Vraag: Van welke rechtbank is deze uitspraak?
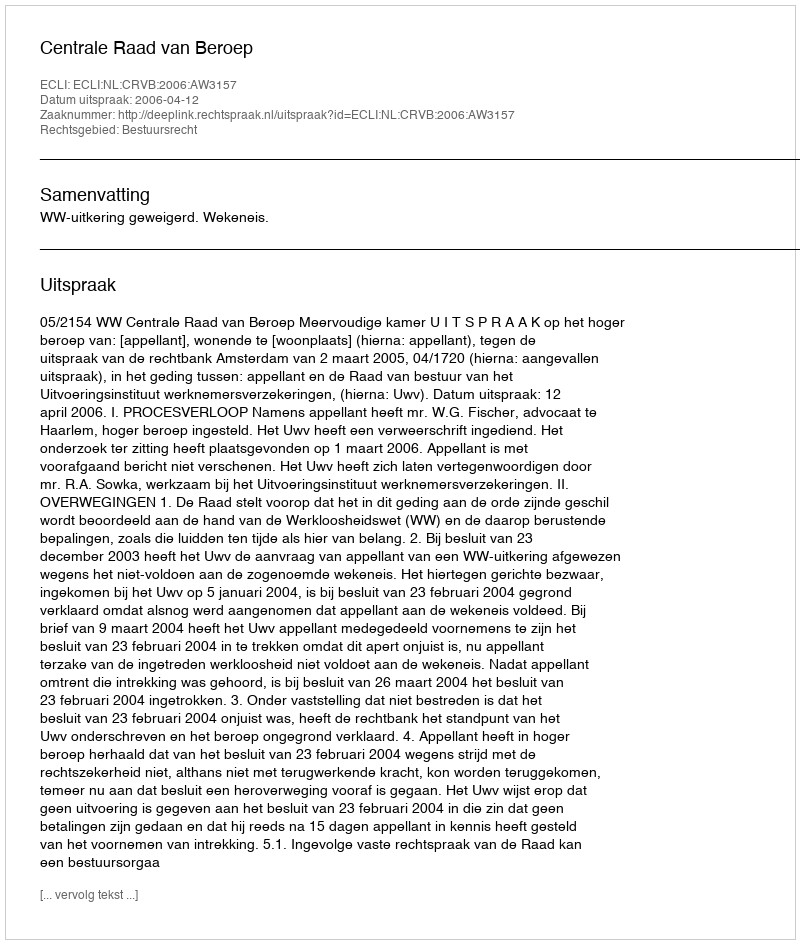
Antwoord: Centrale Raad van Beroep